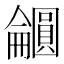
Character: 𫭕